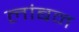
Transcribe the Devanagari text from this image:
लांबन